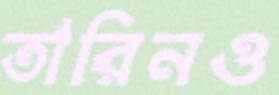
তারিনও